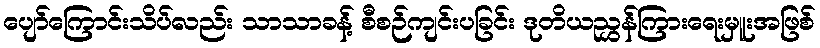
ပျော်ကြောင်းသိပ်လည်း သာသာခန့် စီစဉ်ကျင်းပခြင်း ဒုတိယညွှန်ကြားရေးမှူးအဖြစ်